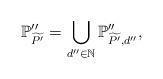
LaTeX: \begin{align*} \mathbb{P}''_{\widetilde{P'}}=\bigcup_{d''\in\mathbb{N}}\mathbb{P}''_{\widetilde{P'},d''},\end{align*}